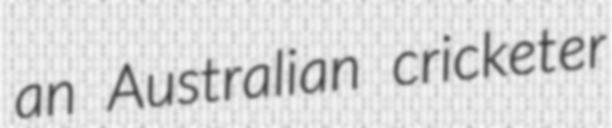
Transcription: an Australian cricketer